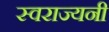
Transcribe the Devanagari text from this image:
स्वराज्यनी